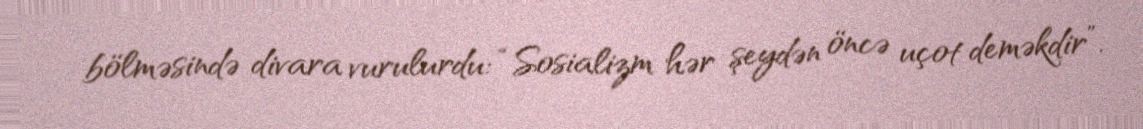
bölməsində divara vurulurdu: “Sosializm hər şeydən öncə uçot deməkdir”.